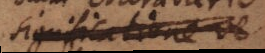
significabunt Te